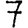
Digit: 7